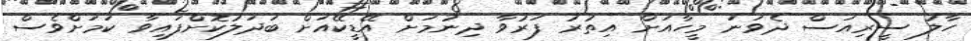
ހާލު ސީރިއަސް ދެވަނަ މީހާއަށް އިތުރު ފަރުވާ ދިނުމަށް އޭޑީކޭއަށް ބަދަލުކޮށްފައިވާ ކަމަށްވެސް